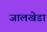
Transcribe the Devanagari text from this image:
जालखेडा